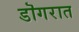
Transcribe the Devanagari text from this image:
डॊगरात